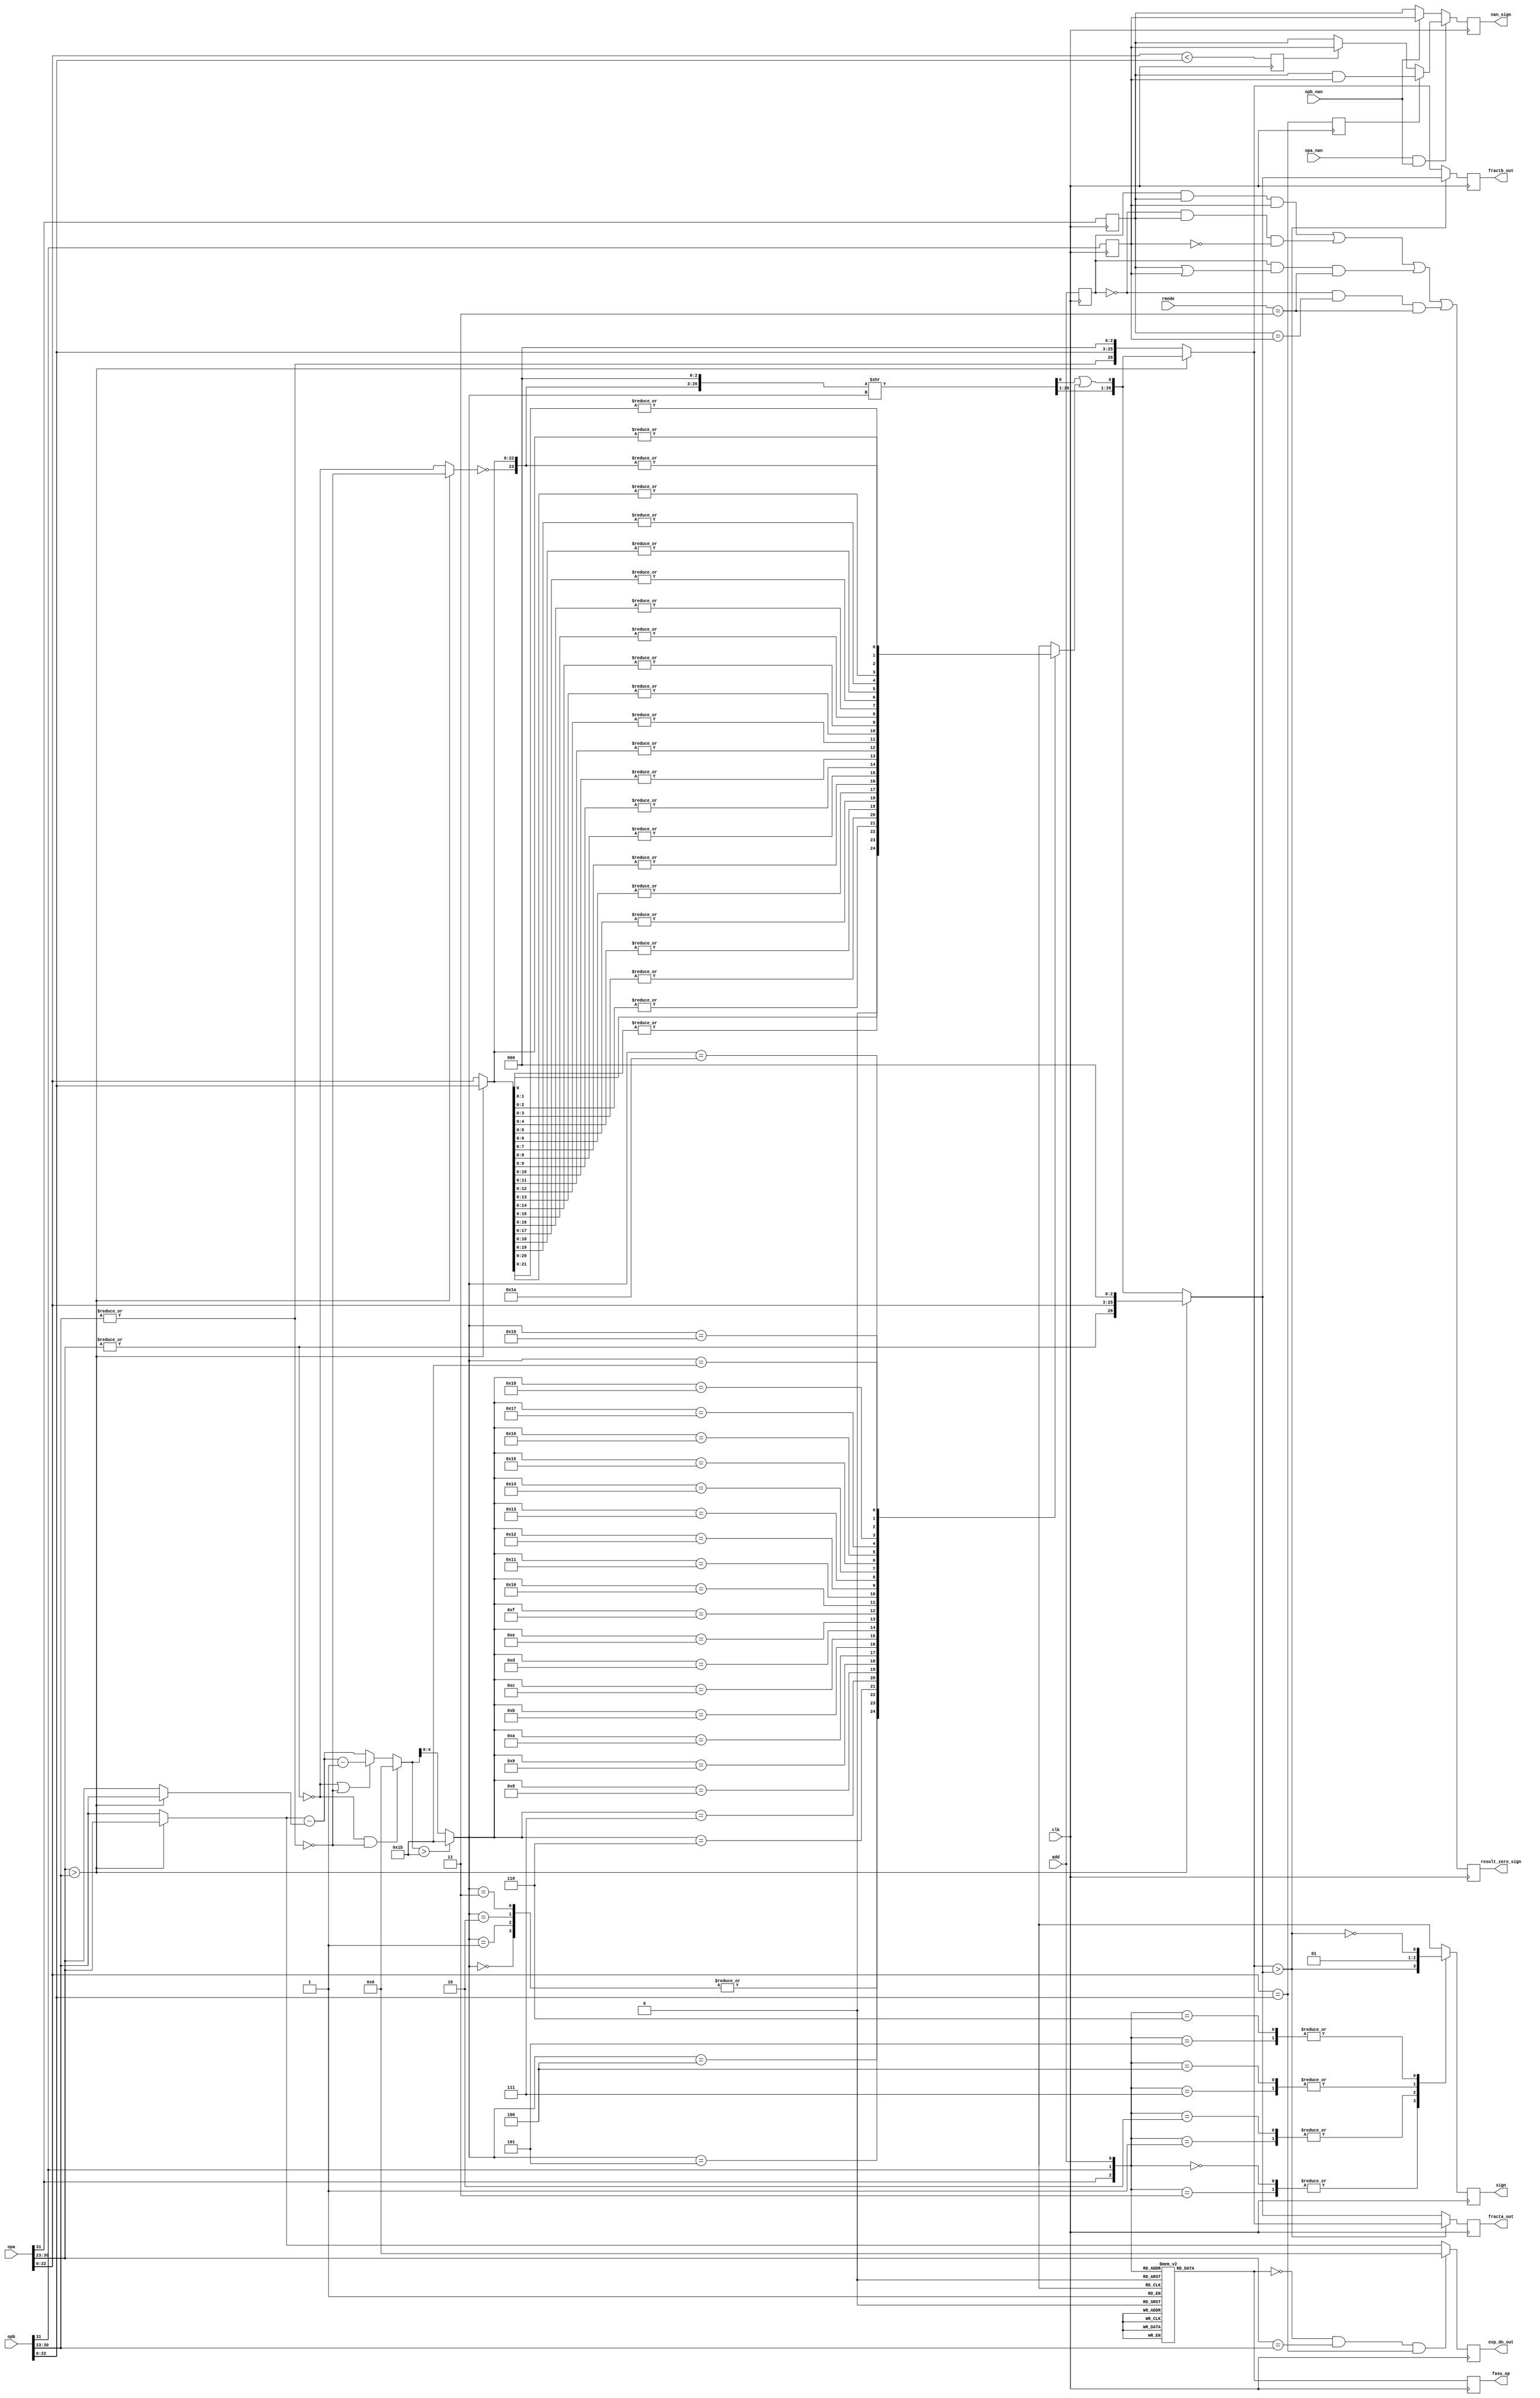
/////////////////////////////////////////////////////////////////////
////                                                             ////
////  Pre Normalize                                              ////
////  Pre Normalization Unit for Add/Sub Operations              ////
////                                                             ////
////          rudi@asics.ws                                      ////
////                                                             ////
/////////////////////////////////////////////////////////////////////
////                                                             ////
//// Copyright (C) 2000 Rudolf Usselmann                         ////
////                    rudi@asics.ws                            ////
////                                                             ////
//// This source file may be used and distributed without        ////
//// restriction provided that this copyright statement is not   ////
//// removed from the file and that any derivative work contains ////
//// the original copyright notice and the associated disclaimer.////
////                                                             ////
////     THIS SOFTWARE IS PROVIDED ``AS IS'' AND WITHOUT ANY     ////
//// EXPRESS OR IMPLIED WARRANTIES, INCLUDING, BUT NOT LIMITED   ////
//// TO, THE IMPLIED WARRANTIES OF MERCHANTABILITY AND FITNESS   ////
//// FOR A PARTICULAR PURPOSE. IN NO EVENT SHALL THE AUTHOR      ////
//// OR CONTRIBUTORS BE LIABLE FOR ANY DIRECT, INDIRECT,         ////
//// INCIDENTAL, SPECIAL, EXEMPLARY, OR CONSEQUENTIAL DAMAGES    ////
//// (INCLUDING, BUT NOT LIMITED TO, PROCUREMENT OF SUBSTITUTE   ////
//// GOODS OR SERVICES; LOSS OF USE, DATA, OR PROFITS; OR        ////
//// BUSINESS INTERRUPTION) HOWEVER CAUSED AND ON ANY THEORY OF  ////
//// LIABILITY, WHETHER IN  CONTRACT, STRICT LIABILITY, OR TORT  ////
//// (INCLUDING NEGLIGENCE OR OTHERWISE) ARISING IN ANY WAY OUT  ////
//// OF THE USE OF THIS SOFTWARE, EVEN IF ADVISED OF THE         ////
//// POSSIBILITY OF SUCH DAMAGE.                                 ////
////                                                             ////
/////////////////////////////////////////////////////////////////////

`timescale 1ns / 100ps


module pre_norm(clk, rmode, add, opa, opb, opa_nan, opb_nan, fracta_out,
		fractb_out, exp_dn_out, sign, nan_sign, result_zero_sign,
		fasu_op);
input		clk;
input	[1:0]	rmode;
input		add;
input	[31:0]	opa, opb;
input		opa_nan, opb_nan;
output	[26:0]	fracta_out, fractb_out;
output	[7:0]	exp_dn_out;
output		sign;
output		nan_sign, result_zero_sign;
output		fasu_op;			// Operation Output

////////////////////////////////////////////////////////////////////////
//
// Local Wires and registers
//

wire		signa, signb;		// alias to opX sign
wire	[7:0]	expa, expb;		// alias to opX exponent
wire	[22:0]	fracta, fractb;		// alias to opX fraction
wire		expa_lt_expb;		// expa is larger than expb indicator
wire		fractb_lt_fracta;	// fractb is larger than fracta indicator
reg	[7:0]	exp_dn_out;		// de normalized exponent output
wire	[7:0]	exp_small, exp_large;
wire	[7:0]	exp_diff;		// Numeric difference of the two exponents
wire	[22:0]	adj_op;			// Fraction adjustment: input
wire	[26:0]	adj_op_tmp;
wire	[26:0]	adj_op_out;		// Fraction adjustment: output
wire	[26:0]	fracta_n, fractb_n;	// Fraction selection after normalizing
wire	[26:0]	fracta_s, fractb_s;	// Fraction Sorting out
reg	[26:0]	fracta_out, fractb_out;	// Fraction Output
reg		sign, sign_d;		// Sign Output
reg		add_d;			// operation (add/sub)
reg		fasu_op;		// operation (add/sub) register
wire		expa_dn, expb_dn;
reg		sticky;
reg		result_zero_sign;
reg		add_r, signa_r, signb_r;
wire	[4:0]	exp_diff_sft;
wire		exp_lt_27;
wire		op_dn;
wire	[26:0]	adj_op_out_sft;
reg		fracta_lt_fractb, fracta_eq_fractb;
wire		nan_sign1;
reg		nan_sign;

////////////////////////////////////////////////////////////////////////
//
// Aliases
//

assign  signa = opa[31];
assign  signb = opb[31];
assign   expa = opa[30:23];
assign   expb = opb[30:23];
assign fracta = opa[22:0];
assign fractb = opb[22:0];

////////////////////////////////////////////////////////////////////////
//
// Pre-Normalize exponents (and fractions)
//

assign expa_lt_expb = expa > expb;		// expa is larger than expb

// ---------------------------------------------------------------------
// Normalize

assign expa_dn = !(|expa);			// opa denormalized
assign expb_dn = !(|expb);			// opb denormalized

// ---------------------------------------------------------------------
// Calculate the difference between the smaller and larger exponent

wire	[7:0]	exp_diff1, exp_diff1a, exp_diff2;

assign exp_small  = expa_lt_expb ? expb : expa;
assign exp_large  = expa_lt_expb ? expa : expb;
assign exp_diff1  = exp_large - exp_small;
assign exp_diff1a = exp_diff1-1;
assign exp_diff2  = (expa_dn | expb_dn) ? exp_diff1a : exp_diff1;
assign  exp_diff  = (expa_dn & expb_dn) ? 8'h0 : exp_diff2;

always @(posedge clk)	// If numbers are equal we should return zero
	exp_dn_out <= #1 (!add_d & expa==expb & fracta==fractb) ? 8'h0 : exp_large;

// ---------------------------------------------------------------------
// Adjust the smaller fraction


assign op_dn	  = expa_lt_expb ? expb_dn : expa_dn;
assign adj_op     = expa_lt_expb ? fractb : fracta;
assign adj_op_tmp = { ~op_dn, adj_op, 3'b0 };	// recover hidden bit (op_dn) 

// adj_op_out is 27 bits wide, so can only be shifted 27 bits to the right
assign exp_lt_27	= exp_diff  > 8'd27;
assign exp_diff_sft	= exp_lt_27 ? 5'd27 : exp_diff[4:0];
assign adj_op_out_sft	= adj_op_tmp >> exp_diff_sft;
assign adj_op_out	= {adj_op_out_sft[26:1], adj_op_out_sft[0] | sticky };

// ---------------------------------------------------------------------
// Get truncated portion (sticky bit)

always @(exp_diff_sft or adj_op_tmp)
   case(exp_diff_sft)		// synopsys full_case parallel_case
	00: sticky = 1'h0;
	01: sticky =  adj_op_tmp[0]; 
	02: sticky = |adj_op_tmp[01:0];
	03: sticky = |adj_op_tmp[02:0];
	04: sticky = |adj_op_tmp[03:0];
	05: sticky = |adj_op_tmp[04:0];
	06: sticky = |adj_op_tmp[05:0];
	07: sticky = |adj_op_tmp[06:0];
	08: sticky = |adj_op_tmp[07:0];
	09: sticky = |adj_op_tmp[08:0];
	10: sticky = |adj_op_tmp[09:0];
	11: sticky = |adj_op_tmp[10:0];
	12: sticky = |adj_op_tmp[11:0];
	13: sticky = |adj_op_tmp[12:0];
	14: sticky = |adj_op_tmp[13:0];
	15: sticky = |adj_op_tmp[14:0];
	16: sticky = |adj_op_tmp[15:0];
	17: sticky = |adj_op_tmp[16:0];
	18: sticky = |adj_op_tmp[17:0];
	19: sticky = |adj_op_tmp[18:0];
	20: sticky = |adj_op_tmp[19:0];
	21: sticky = |adj_op_tmp[20:0];
	22: sticky = |adj_op_tmp[21:0];
	23: sticky = |adj_op_tmp[22:0];
	24: sticky = |adj_op_tmp[23:0];
	25: sticky = |adj_op_tmp[24:0];
	26: sticky = |adj_op_tmp[25:0];
	27: sticky = |adj_op_tmp[26:0];
   endcase

// ---------------------------------------------------------------------
// Select operands for add/sub (recover hidden bit)

assign fracta_n = expa_lt_expb ? {~expa_dn, fracta, 3'b0} : adj_op_out;
assign fractb_n = expa_lt_expb ? adj_op_out : {~expb_dn, fractb, 3'b0};

// ---------------------------------------------------------------------
// Sort operands (for sub only)

assign fractb_lt_fracta = fractb_n > fracta_n;	// fractb is larger than fracta
assign fracta_s = fractb_lt_fracta ? fractb_n : fracta_n;
assign fractb_s = fractb_lt_fracta ? fracta_n : fractb_n;

always @(posedge clk)
	fracta_out <= #1 fracta_s;

always @(posedge clk)
	fractb_out <= #1 fractb_s;

// ---------------------------------------------------------------------
// Determine sign for the output

// sign: 0=Positive Number; 1=Negative Number
always @(signa or signb or add or fractb_lt_fracta)
   case({signa, signb, add})		// synopsys full_case parallel_case

   	// Add
	3'b0_0_1: sign_d = 0;
	3'b0_1_1: sign_d = fractb_lt_fracta;
	3'b1_0_1: sign_d = !fractb_lt_fracta;
	3'b1_1_1: sign_d = 1;

	// Sub
	3'b0_0_0: sign_d = fractb_lt_fracta;
	3'b0_1_0: sign_d = 0;
	3'b1_0_0: sign_d = 1;
	3'b1_1_0: sign_d = !fractb_lt_fracta;
   endcase

always @(posedge clk)
	sign <= #1 sign_d;

// Fix sign for ZERO result
always @(posedge clk)
	signa_r <= #1 signa;

always @(posedge clk)
	signb_r <= #1 signb;

always @(posedge clk)
	add_r <= #1 add;

always @(posedge clk)
	result_zero_sign <= #1	( add_r &  signa_r &  signb_r) |
				(!add_r &  signa_r & !signb_r) |
				( add_r & (signa_r |  signb_r) & (rmode==3)) |
				(!add_r & (signa_r == signb_r) & (rmode==3));

// Fix sign for NAN result
always @(posedge clk)
	fracta_lt_fractb <= #1 fracta < fractb;

always @(posedge clk)
	fracta_eq_fractb <= #1 fracta == fractb;

assign nan_sign1 = fracta_eq_fractb ? (signa_r & signb_r) : fracta_lt_fractb ? signb_r : signa_r;

always @(posedge clk)
	nan_sign <= #1 (opa_nan & opb_nan) ? nan_sign1 : opb_nan ? signb_r : signa_r;

////////////////////////////////////////////////////////////////////////
//
// Decode Add/Sub operation
//

// add: 1=Add; 0=Subtract
always @(signa or signb or add)
   case({signa, signb, add})		// synopsys full_case parallel_case
   
   	// Add
	3'b0_0_1: add_d = 1;
	3'b0_1_1: add_d = 0;
	3'b1_0_1: add_d = 0;
	3'b1_1_1: add_d = 1;
	
	// Sub
	3'b0_0_0: add_d = 0;
	3'b0_1_0: add_d = 1;
	3'b1_0_0: add_d = 1;
	3'b1_1_0: add_d = 0;
   endcase

always @(posedge clk)
	fasu_op <= #1 add_d;

endmodule